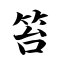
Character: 笞